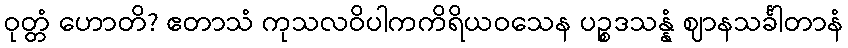
ဝုတ္တံ ဟောတိ? ဧတာသံ ကုသလဝိပါကကိရိယဝသေန ပဉ္စဒသန္နံ ဈာနသင်္ခါတာနံ